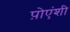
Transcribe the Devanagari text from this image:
प़ोएंशी